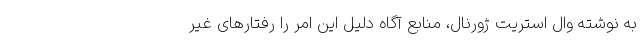
به نوشته وال استریت ژورنال، منابع آگاه دلیل این امر را رفتارهای غیر